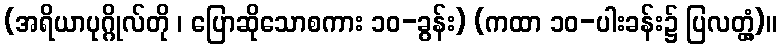
(အရိယာပုဂ္ဂိုလ်တို ၊ ပြောဆိုသောစကား ၁၀-ခွန်း) (ကထာ ၁၀-ပါးခန်း၌ ပြလတ္တံ့)။